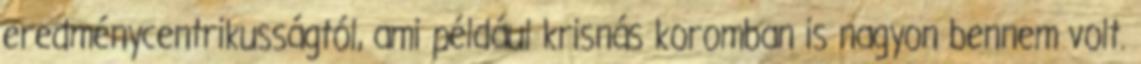
eredménycentrikusságtól, ami például krisnás koromban is nagyon bennem volt.